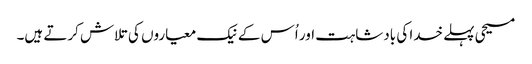
‏ مسیحی پہلے خدا کی بادشاہت اور اُس کے نیک معیاروں کی تلاش کرتے ہیں۔